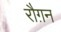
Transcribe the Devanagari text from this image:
रौग़न